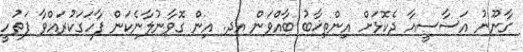
ގާނޫނު އަސާސީއާ ދެކޮޅަށް އިންތިޚާބު ބާއްވަން އދ. އިން ގޮވާނުލާނެކަން ފާހަގަކުރައްވާ ފަތުހީ